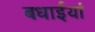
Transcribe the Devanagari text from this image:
बधाईयां